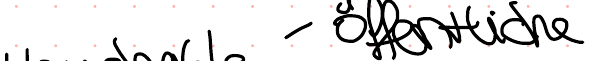
öffentliche